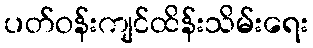
ပတ်ဝန်းကျင်ထိန်းသိမ်းရေး